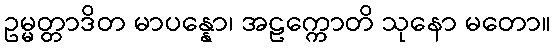
ဥမ္မတ္တာဒိတ မာပန္နော၊ အဠက္ကောတိ သုနော မတော။